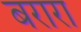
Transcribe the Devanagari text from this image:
बरारा